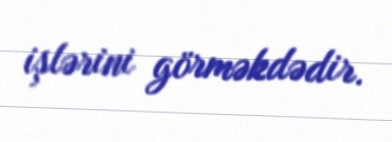
işlərini görməkdədir.